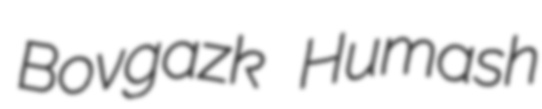
Bovgazk Humash